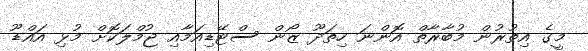
މީގެ އިތުރުން މުބާރާތް އޮންނަ ހިތަދޫ ޒޯން ސްޓޭޑިއަމާއި ޖުމްލަކޮށް މުޅި އައްޑޫ